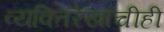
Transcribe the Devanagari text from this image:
व्यक्तिरेखांचीही